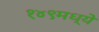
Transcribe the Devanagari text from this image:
१४९मध्ये